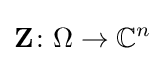
\mathbf {Z} \colon \Omega \rightarrow \mathbb {C} ^{n}